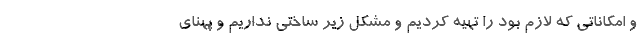
و امکاناتی که لازم بود را تهیه کردیم و مشکل زیر ساختی نداریم و پهنای